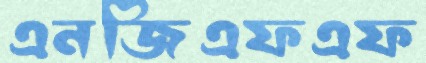
এনজিএফএফ